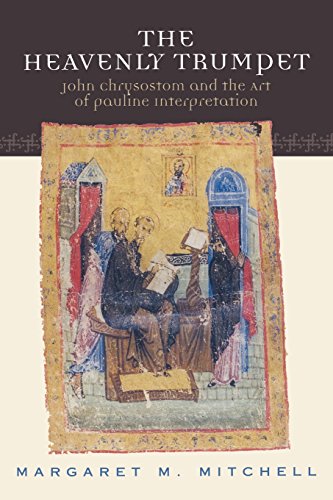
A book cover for The Heavenly Trumpet: John Chrysostom and the Art of Pauline Interpretation; Margaret M. Mitchell; Christian Books & Bibles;